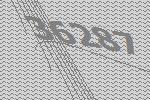
36287